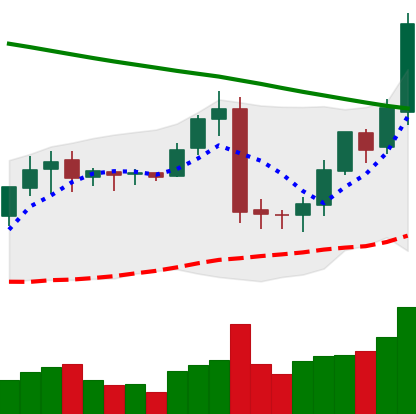
Ticker: BNB-USD
Chart end date: 2019-02-05
Forward return: 17.798%
Label: up_7plus